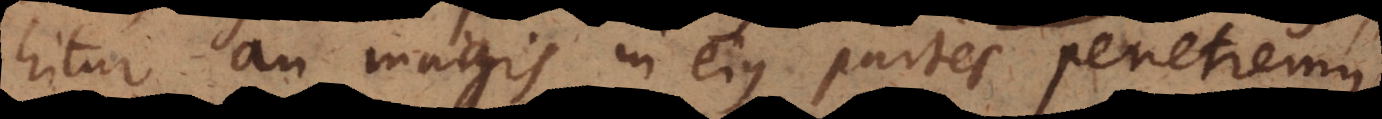
hitur an magis in ejus partes penetremus.